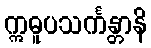
ဣဓူပသင်္ကန္တာနိ